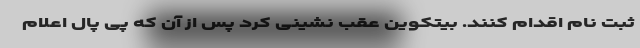
ثبت نام اقدام کنند. بیتکوین عقب نشینی کرد پس از آن که پی پال اعلام